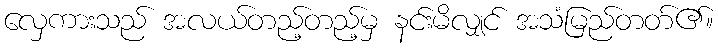
လှေကားသည် အလယ်တည့်တည့်မှ နင်းမိလျှင် အသံမြည်တတ်၏။